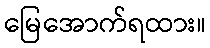
မြေအောက်ရထား။